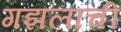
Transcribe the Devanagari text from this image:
गझलांची